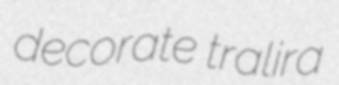
decorate tralira